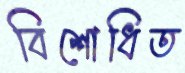
বিশোধিত